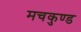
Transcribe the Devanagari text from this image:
मचकुण्ड